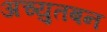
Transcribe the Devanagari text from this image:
अच्युतबन